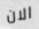
الان